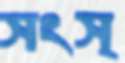
সংস্